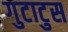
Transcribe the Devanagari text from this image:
गुटाटुस